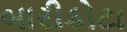
બારીકોટા